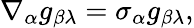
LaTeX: \nabla_{\alpha}g_{\beta\lambda}=\sigma_{\alpha}g_{\beta\lambda},